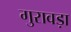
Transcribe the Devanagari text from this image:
गुरावड़ा